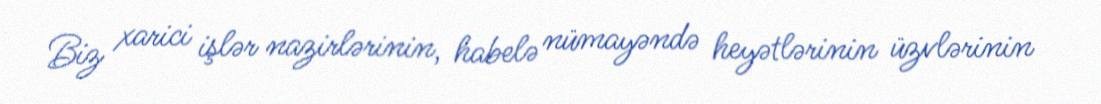
Biz xarici işlər nazirlərinin, habelə nümayəndə heyətlərinin üzvlərinin